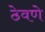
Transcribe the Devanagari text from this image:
ठेवणेे